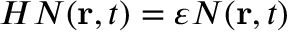
{ \cal H } { \cal N } ( { \bf { r } } , t ) = \varepsilon { \cal N } ( { \bf { r } } , t )